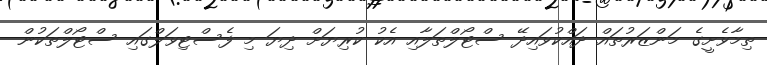
ތިމާވެށީގެ މަންޒަރުތައް ދައްކުވައިދޭ ސްޓޯލްތަލާއި އެކު ކުރިޔަށް ދިޔަ މި ފެސްޓިވަލްގައި ސްޓޯލްތަކުން